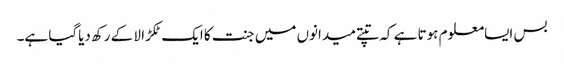
بس ایسامعلوم ہوتا ہے کہ تپتے میدانوں میں جنت کا ایک ٹکڑا لا کے رکھ دیاگیا ہے۔